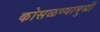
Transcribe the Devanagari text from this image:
कोसळण्यामुळीं